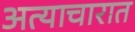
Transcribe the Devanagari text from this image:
अत्याचारात